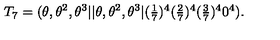
T _ { 7 } = ( \theta , \theta ^ { 2 } , \theta ^ { 3 } \vert \vert \theta , \theta ^ { 2 } , \theta ^ { 3 } \vert ( \textstyle { \frac { 1 } { 7 } } ) ^ { 4 } ( \textstyle { \frac { 2 } { 7 } } ) ^ { 4 } ( \textstyle { \frac { 3 } { 7 } } ) ^ { 4 } 0 ^ { 4 } ) .